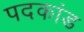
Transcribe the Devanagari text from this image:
पदकांड